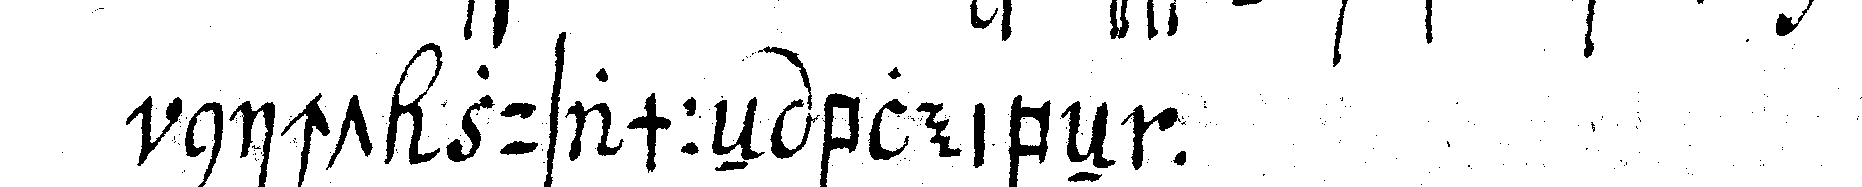
nicht zusammeN bleibeN .